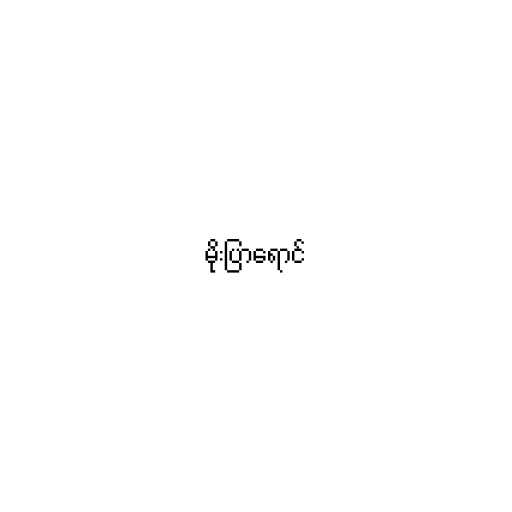
မိုးပြာရောင်